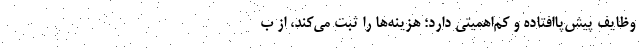
وظایف پیش‌پاافتاده و کم‌اهمیتی دارد؛ هزینه‌ها را ثبت می‌کند، از ب